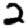
Digit: 2